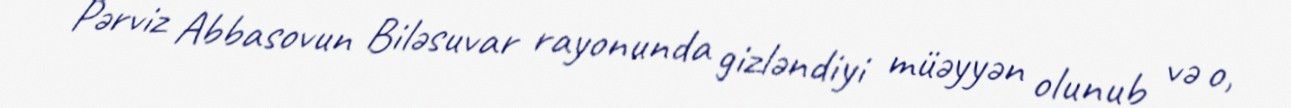
Pərviz Abbasovun Biləsuvar rayonunda gizləndiyi müəyyən olunub və o,